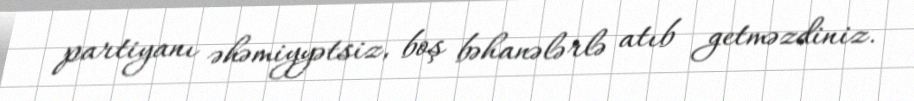
partiyanı əhəmiyyətsiz, boş bəhanələrlə atıb getməzdiniz.